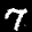
Label: 7